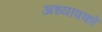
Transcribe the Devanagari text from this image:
अध्‍यापकों